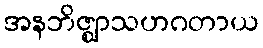
အနဘိဇ္ဈာသဟဂတာယ